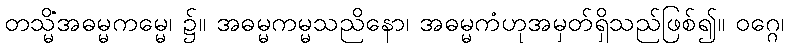
တသ္မိံအဓမ္မကမ္မေ၊ ၌။ အဓမ္မကမ္မသညိနော၊ အဓမ္မကံဟုအမှတ်ရှိသည်ဖြစ်၍။ ဝဂ္ဂေ၊